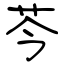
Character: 芩